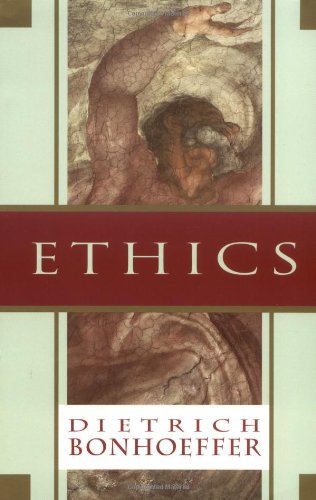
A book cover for Ethics; Dietrich Bonhoeffer; Christian Books & Bibles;